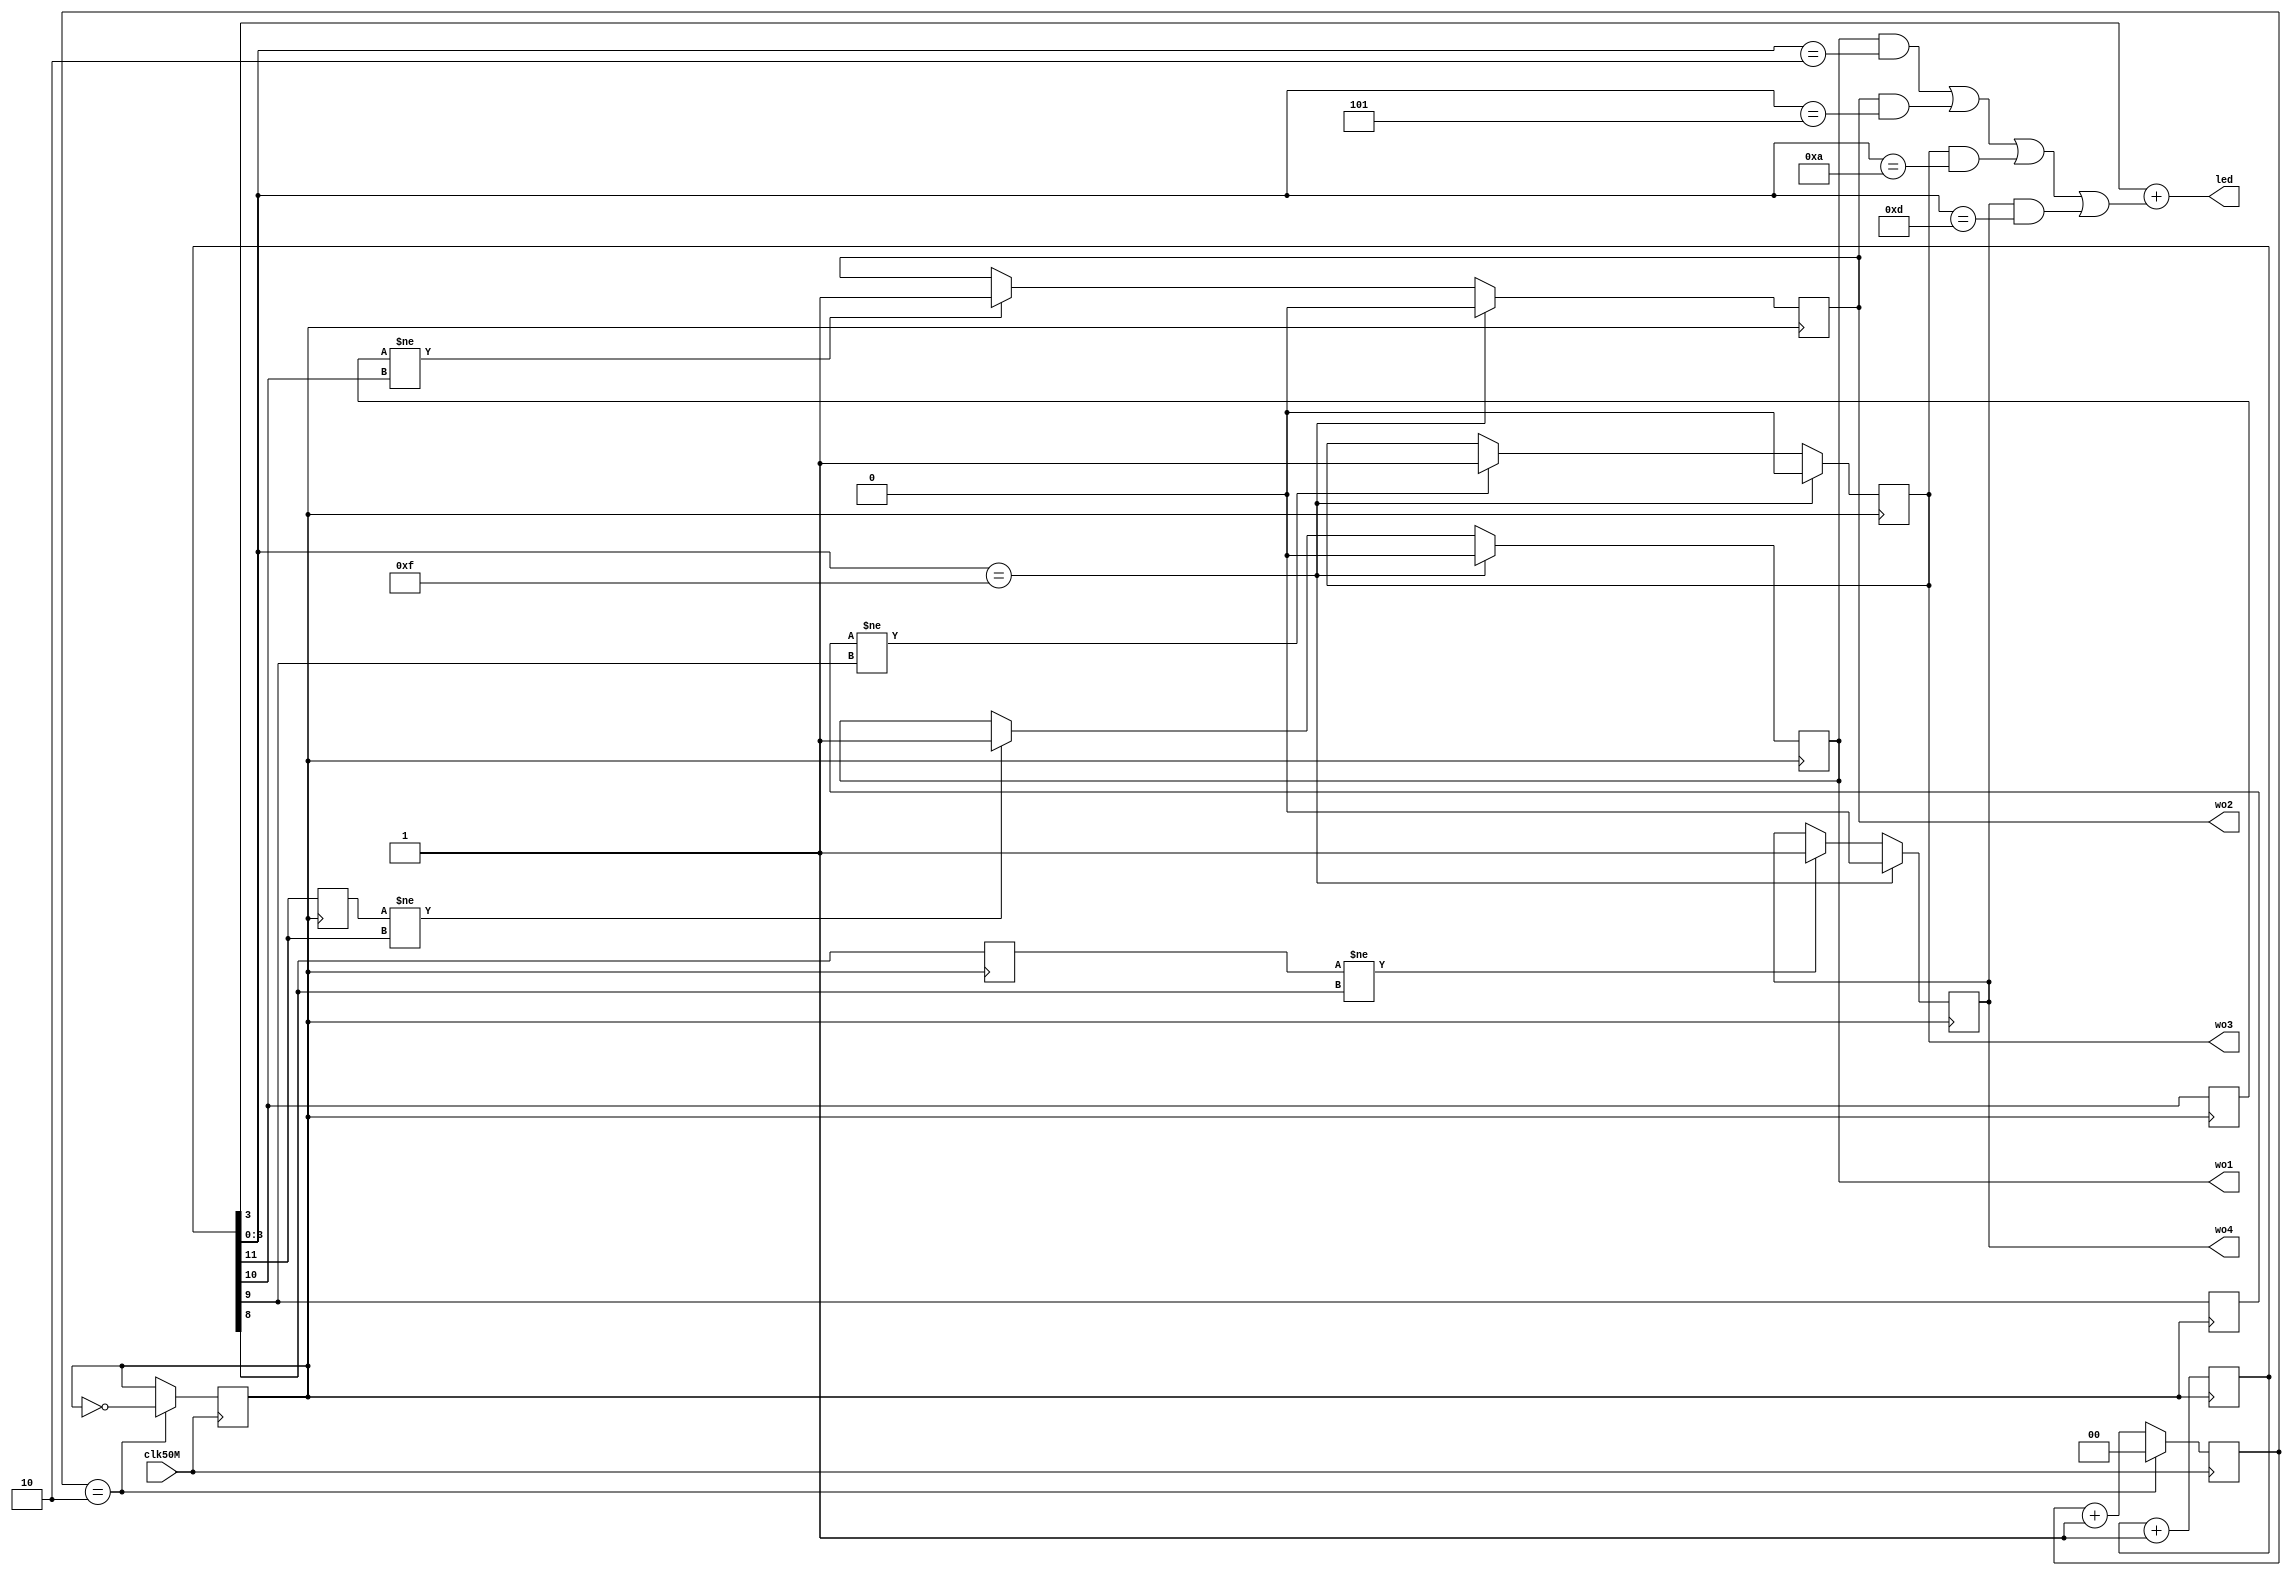
module test_max240(clk50M, led, wo1, wo2, wo3, wo4);

input wire clk50M;
output wire led;
output wire wo1, wo2, wo3, wo4;

reg [1:0] clkdiv;
reg rled;

initial clkdiv <= 2'd0;
initial rled <= 0;

//assign led = rled;

wire clk8M;

assign clk8M = rled;

always @(posedge clk50M) begin
	clkdiv <= (clkdiv == 2'd2) ? 2'd0 : clkdiv + 1;
	rled <= (clkdiv == 2'd2) ? ~rled : rled;	
end

reg [24:0] cnt;

reg sec1, wss1;
reg sec2, wss2;
reg sec4, wss4;
reg sec8, wss8;

wire ws1;
wire ws2;
wire ws4;
wire ws8;

wire ps1, pr1;
wire ps2, pr2;
wire ps4, pr4;
wire ps8, pr8;

wire [3:0] sub_cnt;
assign sub_cnt = cnt[3:0];

wire sub_cnt_m;
assign sub_cnt_m = clk_d10 + ((wss1 && pr8)||(wss2 && pr4)||(wss4 && pr2)||(wss8 && pr1));

assign led = sub_cnt_m;

wire clk_d10;
assign clk_d10 = cnt[3];

//assign ps1 = cnt[23]==1; // 1 раз в секунду
//assign ps2 = cnt[22]==1; // 2
//assign ps4 = cnt[21]==1; // 4
//assign ps8 = cnt[20]==1; // 8

//assign ps1 = cnt[19]==1; // 16 раз в секунду
//assign ps2 = cnt[18]==1; // 32
//assign ps4 = cnt[17]==1; // 64
//assign ps8 = cnt[16]==1; // 128

//assign ps1 = cnt[15]==1; // 256 раз в секунду
//assign ps2 = cnt[14]==1; // 512
//assign ps4 = cnt[13]==1; // 1024
//assign ps8 = cnt[12]==1; // 2048

assign ps1 = cnt[11]==1; // 4096 раз в секунду
assign ps2 = cnt[10]==1; // 8192
assign ps4 = cnt[9]==1; // 16384
assign ps8 = cnt[8]==1; // 32768



assign pr1 = (sub_cnt == 13);
assign pr2 = (sub_cnt == 10);
assign pr4 = (sub_cnt == 5);
assign pr8 = (sub_cnt == 2);

assign ws1 = sec1 != ps1;
assign ws2 = sec2 != ps2;
assign ws4 = sec4 != ps4;
assign ws8 = sec8 != ps8;

assign wo1 = wss1;
assign wo2 = wss2;
assign wo3 = wss4;
assign wo4 = wss8;

always @(posedge clk8M) begin
    cnt <= cnt + 1;

    sec1 <= ps1;
    sec2 <= ps2;
    sec4 <= ps4;
    sec8 <= ps8;

    if (ws1==1) wss1 <= 1;
    if (ws2==1) wss2 <= 1;
    if (ws4==1) wss4 <= 1;
    if (ws8==1) wss8 <= 1;

    if (sub_cnt==15) begin
        wss1 <= 0;
        wss2 <= 0;
        wss4 <= 0;
        wss8 <= 0;
    end
end

endmodule